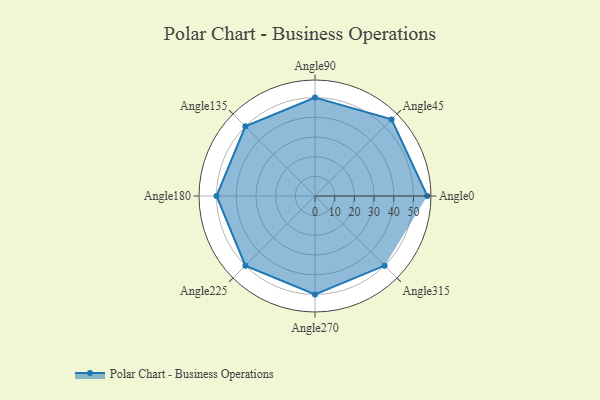
{"axis": {"x": "Angle", "y": "Radius"}, "legend": [""], "data": [{"x": "Angle0", "y": 57.0, "type": ""}, {"x": "Angle45", "y": 55.0, "type": ""}, {"x": "Angle90", "y": 50, "type": ""}, {"x": "Angle135", "y": 50, "type": ""}, {"x": "Angle180", "y": 50, "type": ""}, {"x": "Angle225", "y": 50, "type": ""}, {"x": "Angle270", "y": 50, "type": ""}, {"x": "Angle315", "y": 50, "type": ""}]}